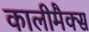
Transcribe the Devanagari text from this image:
कालीमैक्स